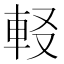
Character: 𨊿